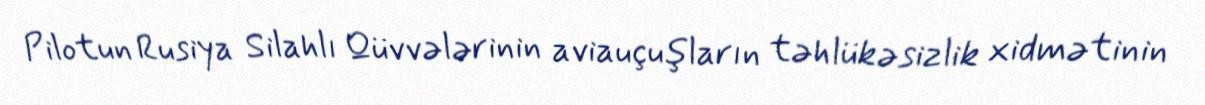
Pilotun Rusiya Silahlı Qüvvələrinin aviauçuşların təhlükəsizlik xidmətinin